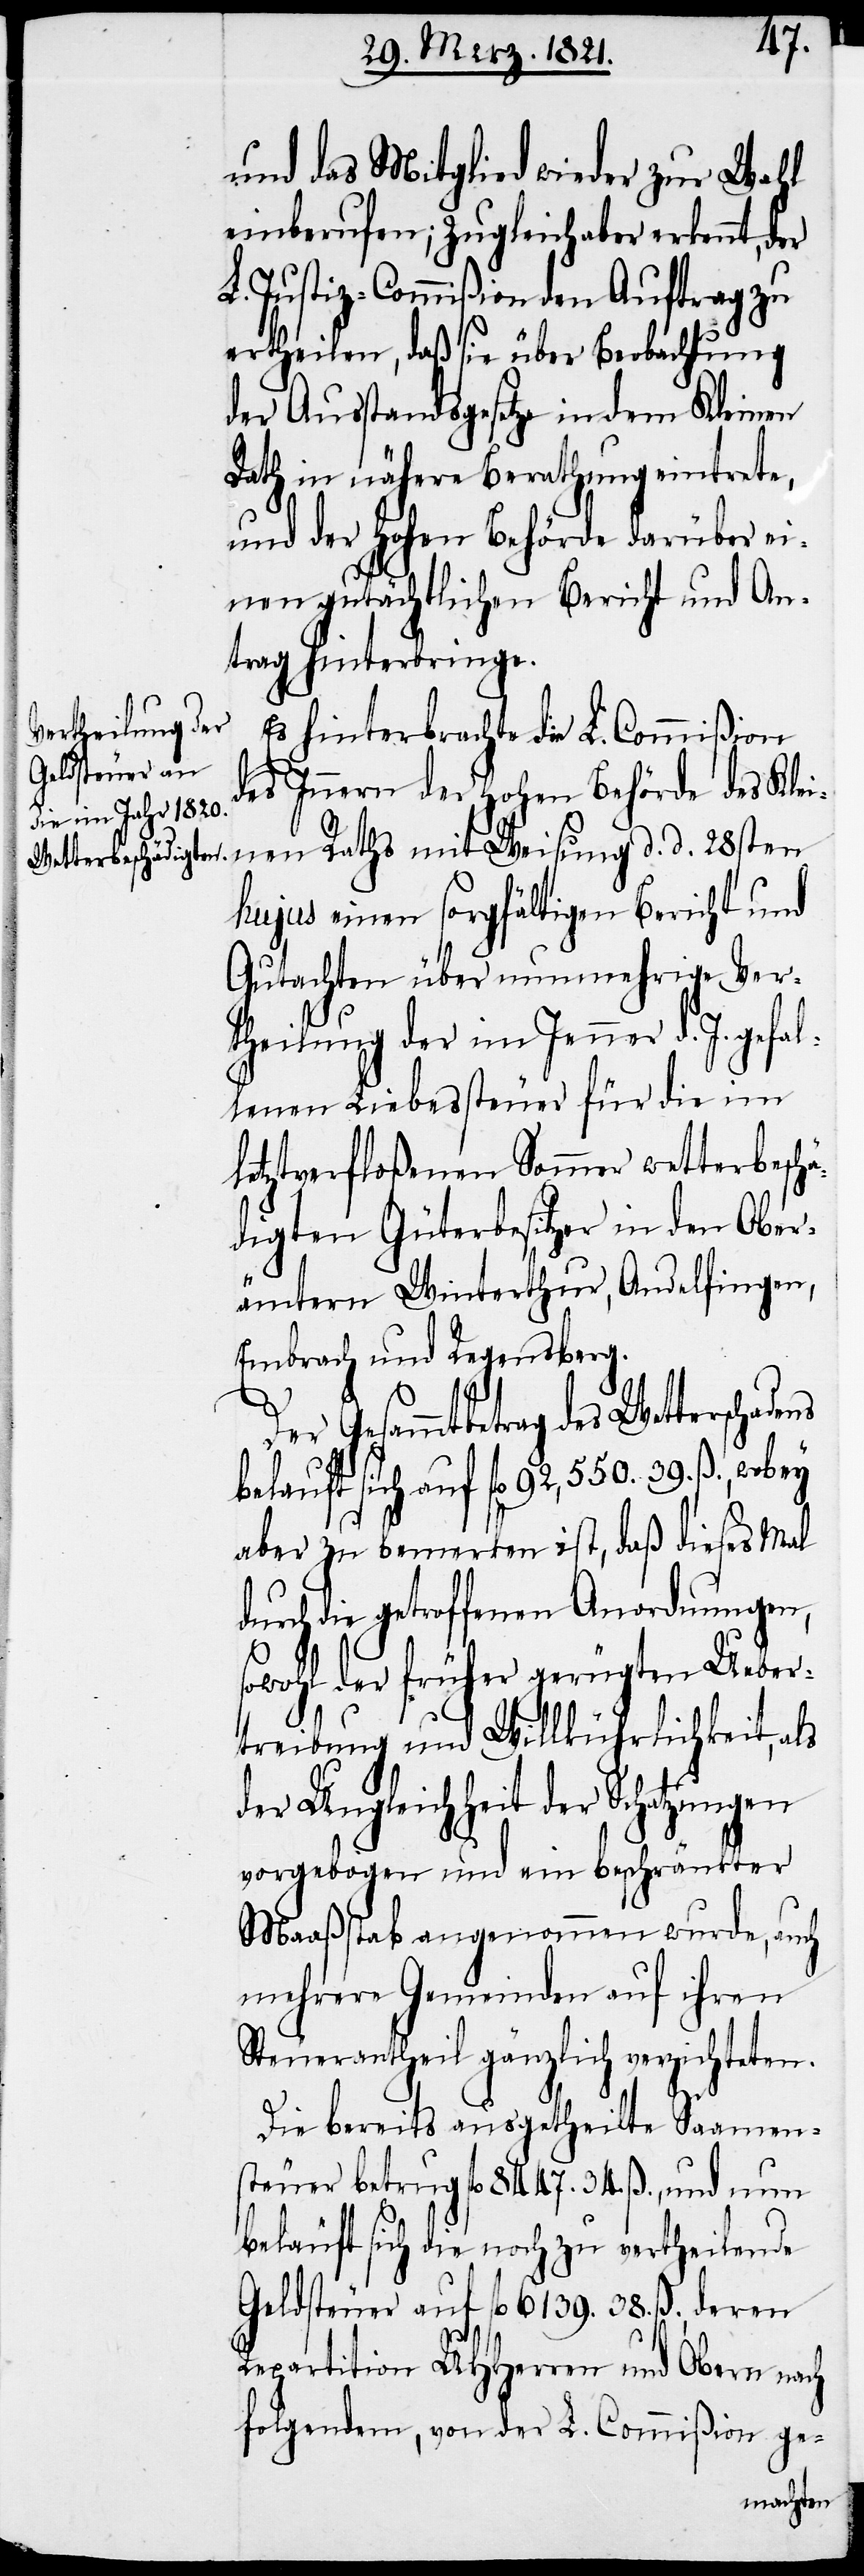
Wetterschadens

und das Mitgliede wieder zur Wahl
einberufen; zugleich aber erkennt, der
L. Justiz-Commißion den Auftrag zu
ertheilen, daß sie über Beobachtung
der Ausstandsgesetze in dem Kleinen
Rath in nähere Berathung eintrete,
und der hohen Behörde darüber ei¬
nen gutächtlichen Bericht und An¬
trag hinterbringe.
Es hinterbrachte die L. Commißion
des Innern der hohen Behörde des Klei¬
nen Raths mit Weisung d. d. 28sten
hujus einen sorgfältigen Bericht und
Gutachten über nunmehrige Ver¬
theilung der im Jenner d. J. gef¬
lenen Liebessteuer für die im
letztverfloßenen Sommer wetterbeschä¬
digten Güterbesitzer in den Ober¬
ämtern Winterthur, Andelfingen,
Embrach und Regensberg.
d¬
Der Gesammtbetrag des
belauft sich auf fl. 92,550. 39. ß.,
aber zu bemerken ist, daß dieses Mal
durch die getroffenen Anordnungen,
sowohl der früher gerügten Ueber¬
treibung und Willkührlichkeit, als
er Ungleichheit der Schatzungen
vorgebogen und ein beschränkter
Maaßstab angenommen wurde, auch
mehrere Gemeinden auf ihren
Steuerantheil gänzlich verzichteten.
Die bereits ausgetheilte Saamen¬
steuer betrug fl. 8447. 34. ß., und nun
beläuft sich die noch zu ertheilende
Geldsteuer auf fl. 6139. 38. ß., deren
Repartition UHHerren und Obern nach
folgendem, von der L. Commißion ge-